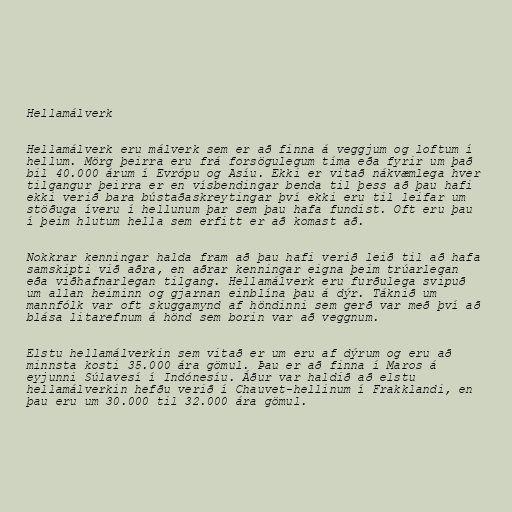
Hellamálverk

Hellamálverk eru málverk sem er að finna á veggjum og loftum í
hellum. Mörg þeirra eru frá forsögulegum tíma eða fyrir um það
bil 40.000 árum í Evrópu og Asíu. Ekki er vitað nákvæmlega hver
tilgangur þeirra er en vísbendingar benda til þess að þau hafi
ekki verið bara bústaðaskreytingar því ekki eru til leifar um
stöðuga íveru í hellunum þar sem þau hafa fundist. Oft eru þau
í þeim hlutum hella sem erfitt er að komast að.

Nokkrar kenningar halda fram að þau hafi verið leið til að hafa
samskipti við aðra, en aðrar kenningar eigna þeim trúarlegan
eða viðhafnarlegan tilgang. Hellamálverk eru furðulega svipuð
um allan heiminn og gjarnan einblína þau á dýr. Táknið um
mannfólk var oft skuggamynd af höndinni sem gerð var með því að
blása litarefnum á hönd sem borin var að veggnum.

Elstu hellamálverkin sem vitað er um eru af dýrum og eru að
minnsta kosti 35.000 ára gömul. Þau er að finna í Maros á
eyjunni Súlavesí í Indónesíu. Áður var haldið að elstu
hellamálverkin hefðu verið í Chauvet-hellinum í Frakklandi, en
þau eru um 30.000 til 32.000 ára gömul.